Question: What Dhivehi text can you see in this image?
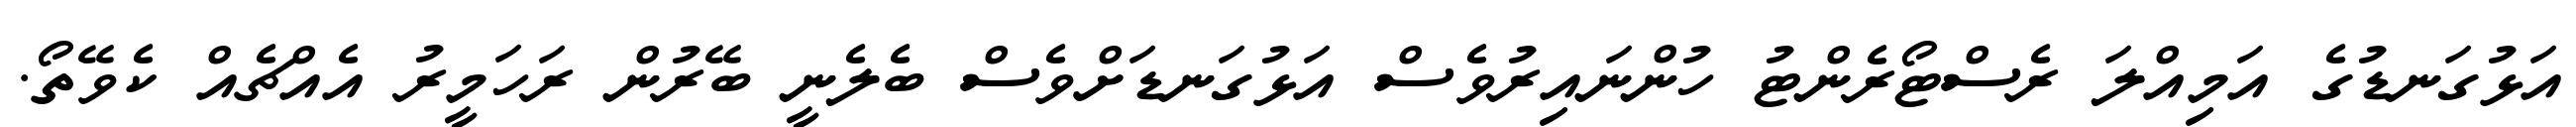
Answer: އަޅުގަނޑުގެ އަމިއްލަ ރެސްޓޯރެންޓު ހުންނައިރުވެސް އަޅުގަނޑަށްވެސް ބެލެނީ ބޭރުން ރަހަމީރު އެއްޗެއް ކެވޭތޯ.